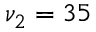
\nu _ { 2 } = 3 5 \